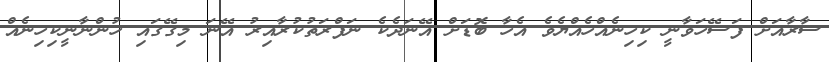
ސާރާއަށް ފަސޭހަވާނީ ކިހިނެއްހެއްޔެވެ އެހާ ބޮޑަށް އޭނަދެކެ ނަފްރަތުކުރާއިރު އޭނަ މިގޭގައި ހުންނާނީކިހިނެއް